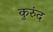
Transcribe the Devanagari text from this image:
कुरुंद